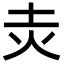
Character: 灻